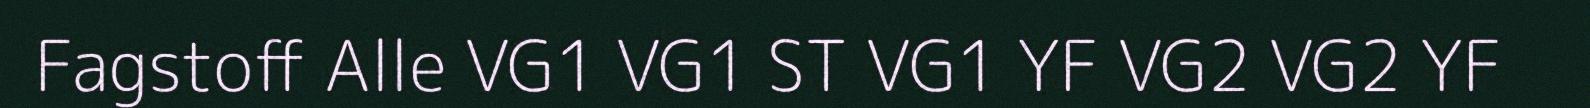
Fagstoff Alle VG1 VG1 ST VG1 YF VG2 VG2 YF